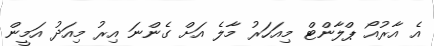
އެ އާރުއޯ ޕްލާންޓް މިއަހަރު މާލެ އަށް ގެންނަ އިރު މިއަދު އަމީން